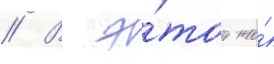
// В э́тот же́